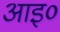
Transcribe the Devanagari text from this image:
आइ०